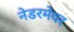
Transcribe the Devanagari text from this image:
नेडरमेयर